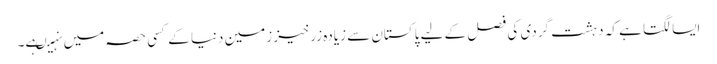
ایسا لگتا ہے کہ دہشت گردی کی فصل کے لیے پاکستان سے زیادہ زرخیز زمین دنیا کے کسی حصہ میں نہیںہے۔